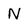
Character: N